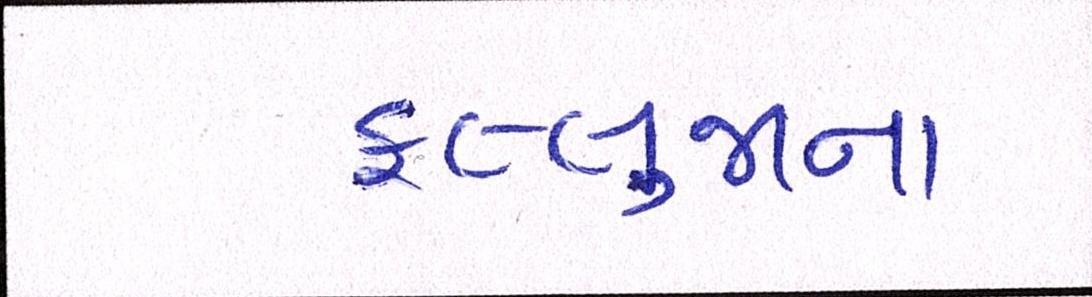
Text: ફલ્લુજાના